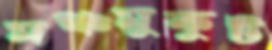
মঞ্চমুকুট